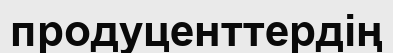
продуценттердің